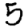
Digit: 5